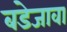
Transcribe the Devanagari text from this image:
बडेजावा